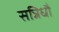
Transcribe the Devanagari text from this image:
सन्निधौ